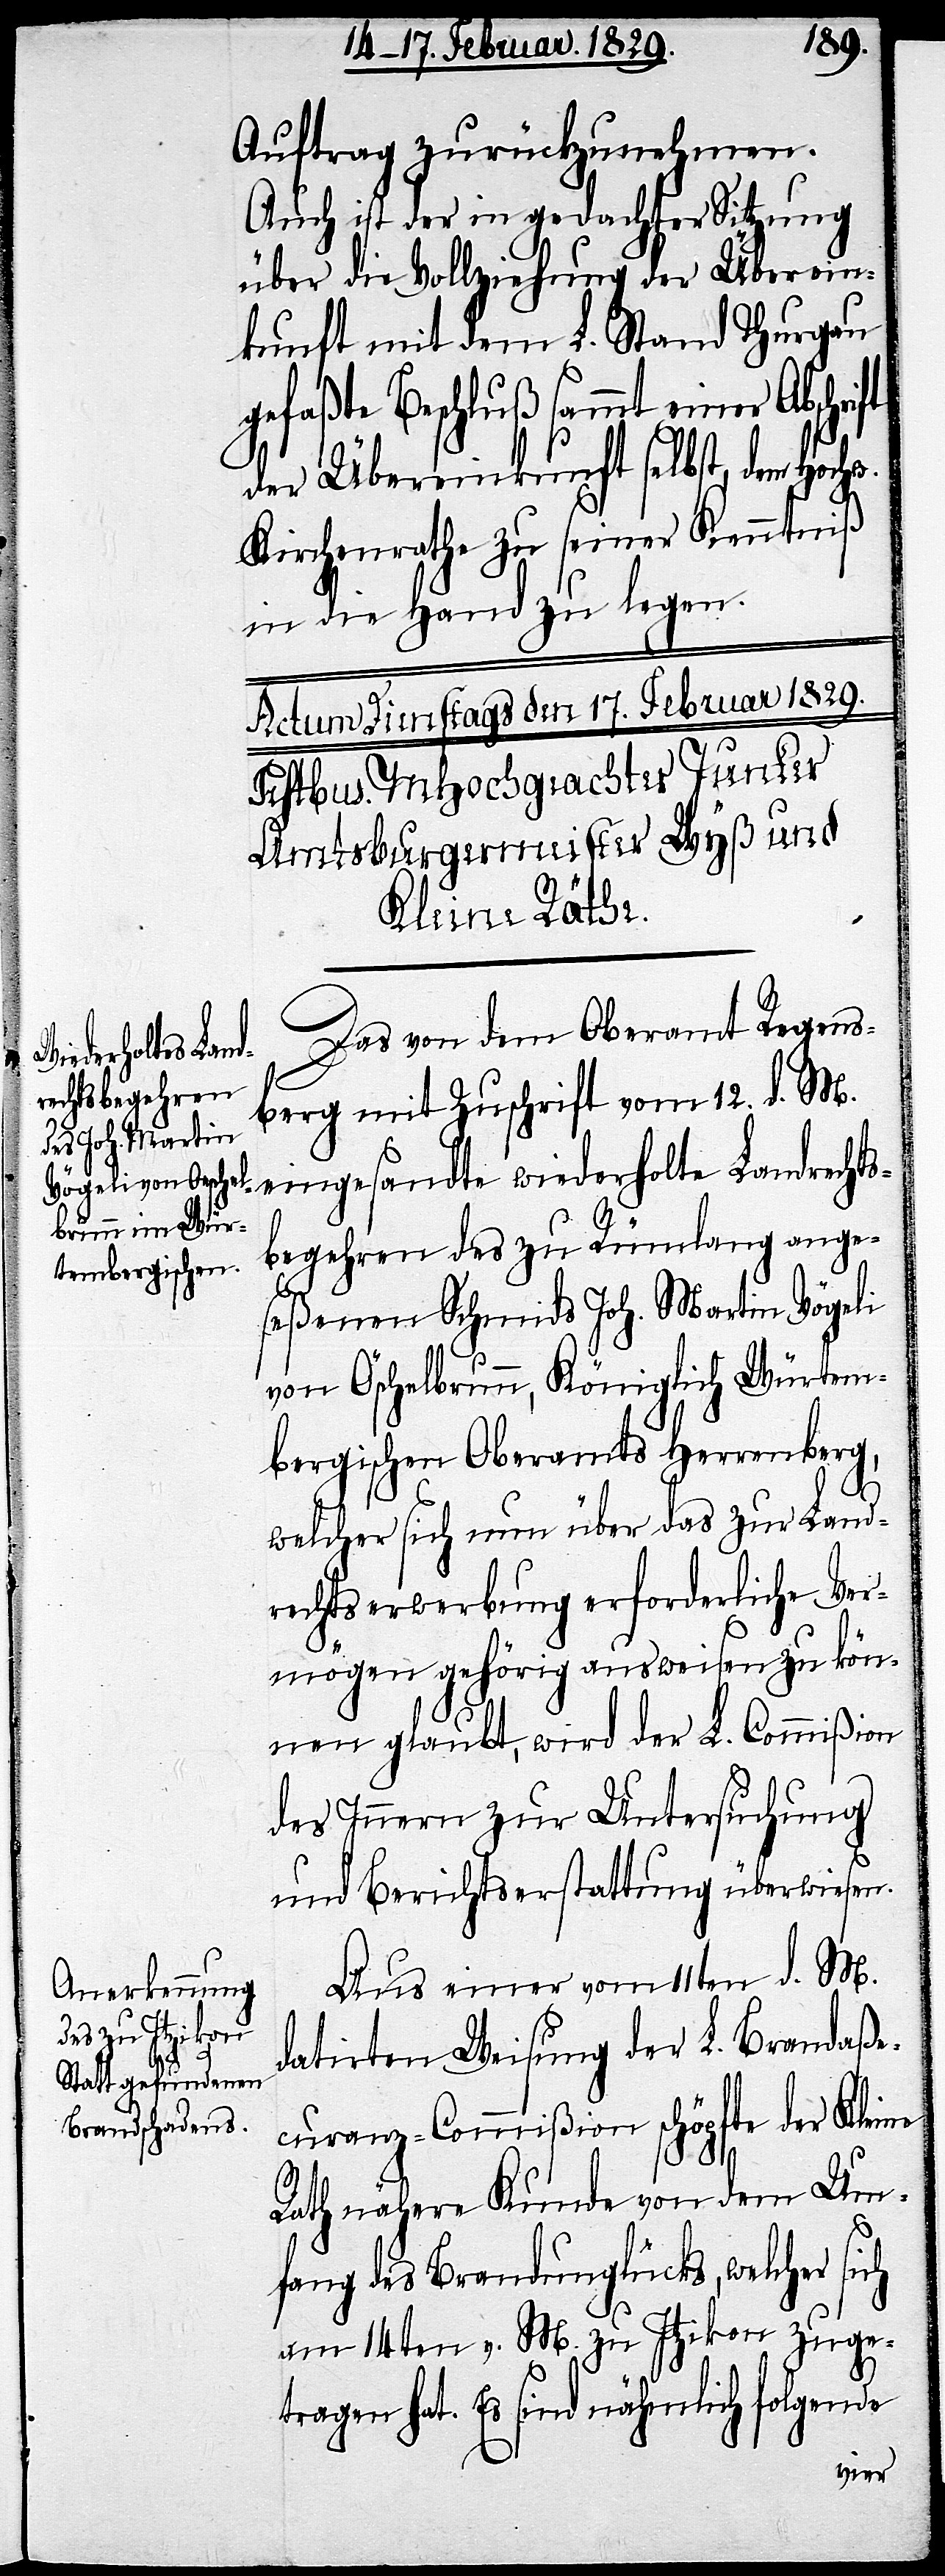
Auftrag zurückzunehmen.
Auch ist der in gedachter Sitzung
über die Vollziehung der Überein¬
luß sammt einer Abschrift
der Übereinkunft selbst, dem Hoch¬
Kirchenrathe zu seiner Kenntniß
in die Hand zu legen.
Das von dem Oberamt Regens¬
berg mit Zuschrift vom 12. d. M.
eingesandte wiederholte Landrechts¬
begehren des zu Rümlang ange¬
seßenen Schmids Joh. Martin Vögeli
von Öschelbrunn, Königlich Würtem¬
bergischen Oberamts Herrenberg,
welcher sich nun über das zur Land¬
rechtserwerbung erforderliche Ver¬
mögen gehörig ausweisen zu kön¬
nen glaubt, wird der L. Commißion
des Innern zur Untersuchung
und Berichterstattung überwiesen.
Aus einer vom 11ten d. M.
datirten Weisung der L. Brandaße¬
curanz-Commißion schöpfte der Kleine
Rath nähere Kunde von dem Um¬
w.
fang des Brandunglücks, welcher sich
am 14ten v. M. zu Itzikon zuge¬
tragen hat. Es sind nähmlich folgende